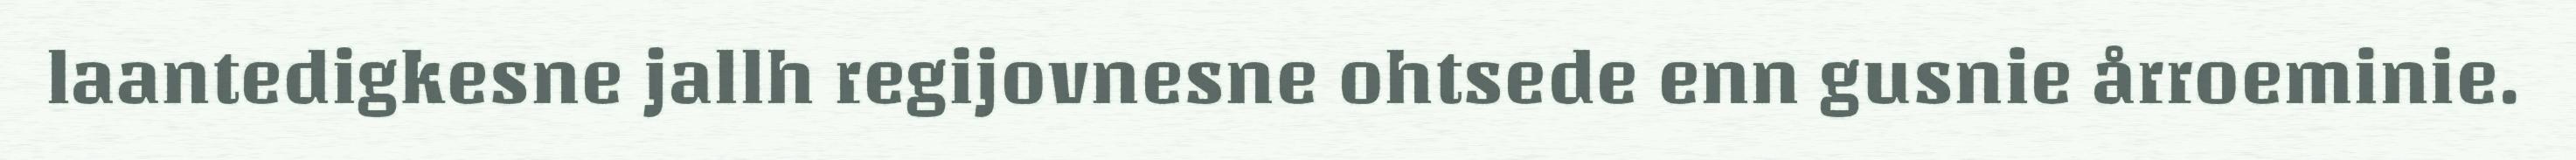
laantedigkesne jallh regijovnesne ohtsede enn gusnie årroeminie.